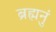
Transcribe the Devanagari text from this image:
ब्रह्मनुं